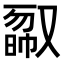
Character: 𠭿